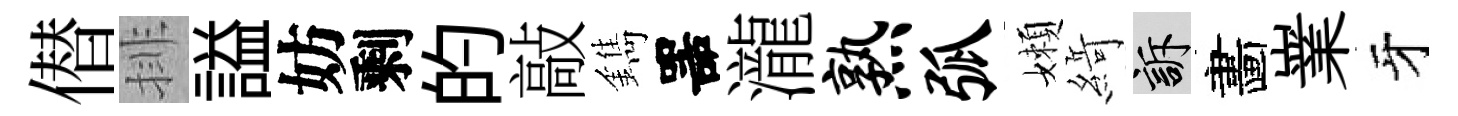
僣排謚妨剩的敲鐫噐瀧熟弧嬾𦂶訴畵嶪牙